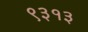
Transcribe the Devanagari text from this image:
९३१३